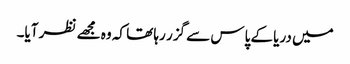
میں دریا کے پاس سے گزر رہا تھا کہ وہ مجھے نظر آیا۔